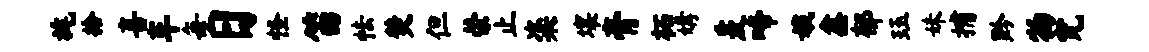
旄拾喜车每日怪笛怯焚但荣止粢壤膏柘媾爰啼娥鑫郁珏妹捕黔物究